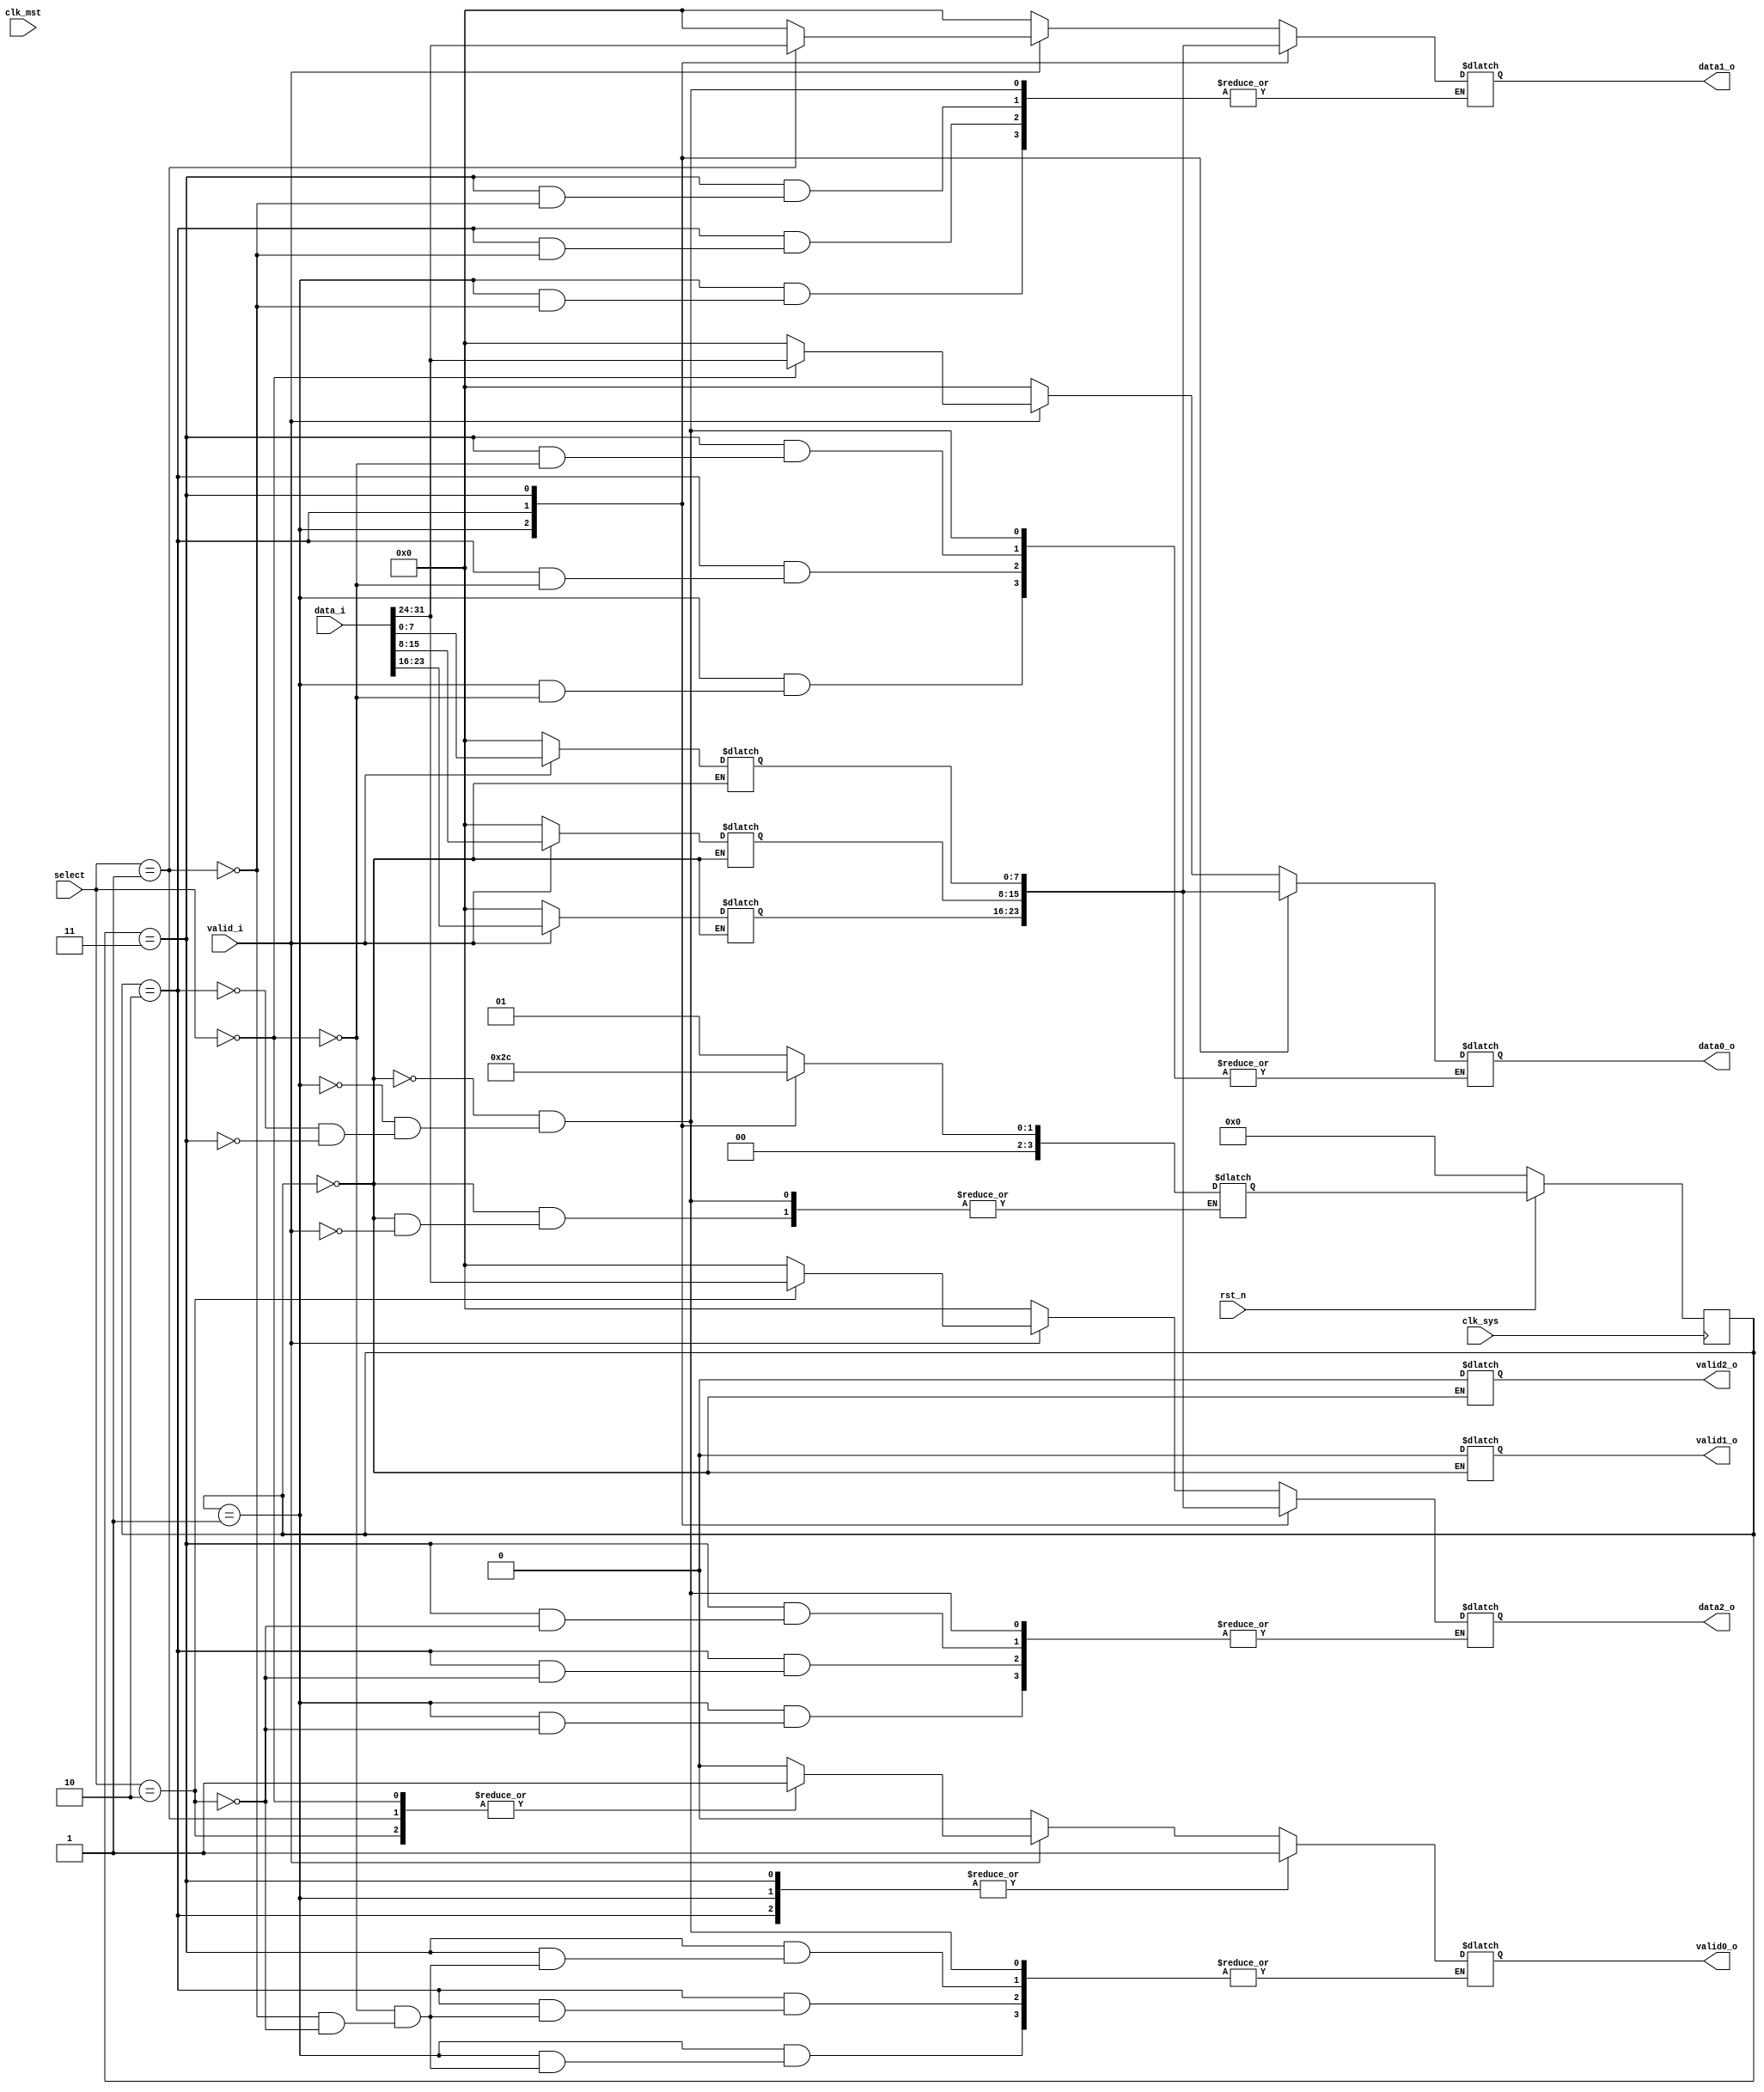
`timescale 1ns / 1ps
//////////////////////////////////////////////////////////////////////////////////
// Company: 
// Engineer: 
// 
// Design Name: 
// Module Name:    demux 
// Project Name: 
// Target Devices: 
// Tool versions: 
// Description: 
//
// Dependencies: 
//
// Revision: 
// Revision 0.01 - File Created
// Additional Comments: 
//
//////////////////////////////////////////////////////////////////////////////////

module demux #(
		parameter MST_DWIDTH = 32,
		parameter SYS_DWIDTH = 8
	)(
		// Clock and reset interface
		input clk_sys,
		input clk_mst,
		input rst_n,
		
		//Select interface
		input[1:0] select,
		
		// Input interface
		input [MST_DWIDTH -1  : 0]	 data_i,
		input 						 	 valid_i,
		
		//output interfaces
		output reg [SYS_DWIDTH - 1 : 0] 	data0_o,
		output reg     						valid0_o,
		
		output reg [SYS_DWIDTH - 1 : 0] 	data1_o,
		output reg     						valid1_o,
		
		output reg [SYS_DWIDTH - 1 : 0] 	data2_o,
		output reg     						valid2_o
    );
	
	

	// TODO: Implement DEMUX logic
	
	`define reset 0;
	`define write 1;
	`define read1 2;
	`define read2 3;
	`define read3 4;
	
	reg [7:0] data [0:3];
	reg [3:0] state = 0;
	reg [3:0] next_state;
	reg [2:0] index;
	
	always @(posedge clk_sys) begin
		if (!rst_n) begin
			state <= 0;
		end else begin
			state <= next_state;
		end
	end
	
	always @(*) begin
	
		case (state)
			0: begin
				data[0] = 0;
				data[1] = 0;
				data[2] = 0;
				data[3] = 0;
				valid0_o = 0;
				valid1_o = 0;
				valid2_o = 0;
				data0_o = 0;
				data1_o = 0;
				data2_o = 0;
				if (valid_i) begin
					data[0] = data_i[31:24];
					data[1] = data_i[23:16];
					data[2] = data_i[15:8];
					data[3] = data_i[7:0];
					case(select) 
						0: begin
							valid0_o = 1;
							data0_o = data[0];
						end
						1: begin
							valid0_o = 1;
							data1_o = data[0];
						end
						2: begin
							valid0_o = 1;
							data2_o = data[0];
						end
					endcase
					next_state = 1;
				end
			end
			
			1: begin
				case(select) 
					0: begin
						valid0_o = 1;
						data0_o = data[1];
					end
					1: begin
						valid0_o = 1;
						data1_o = data[1];
					end
					2: begin
						valid0_o = 1;
						data2_o = data[1];
					end
				endcase
				next_state = 2;
			end
			
			2: begin
				case(select) 
					0: begin
						valid0_o = 1;
						data0_o = data[2];
					end
					1: begin
						valid0_o = 1;
						data1_o = data[2];
					end
					2: begin
						valid0_o = 1;
						data2_o = data[2];
					end
				endcase
				next_state = 3;
			end
			
			3: begin
				case(select) 
					0: begin
						valid0_o = 1;
						data0_o = data[3];
					end
					1: begin
						valid0_o = 1;
						data1_o = data[3];
					end
					2: begin
						valid0_o = 1;
						data2_o = data[3];
					end
				endcase
				next_state = 0;
			end
			
		endcase
	end

endmodule